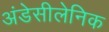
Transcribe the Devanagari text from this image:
अंडेसीलेनिक